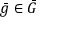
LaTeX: { \bar { g } } \in { \bar { G } }